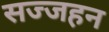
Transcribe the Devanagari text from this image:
सज्जहन